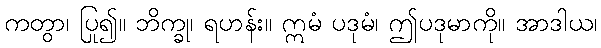
ကတွာ၊ ပြု၍။ ဘိက္ခု၊ ရဟန်း။ ဣမံ ပဒုမံ၊ ဤပဒုမာကို။ အာဒါယ၊